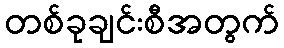
တစ်ခုချင်းစီအတွက်